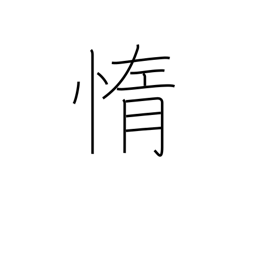
Meaning: lazy